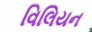
વિલિયન